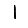
Digit: 1